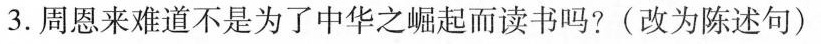
3.周恩来难道不是为了中华之崛起而读书吗?(改为陈述句)